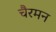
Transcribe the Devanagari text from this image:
चैरमन